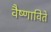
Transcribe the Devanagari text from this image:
वैष्णाविते